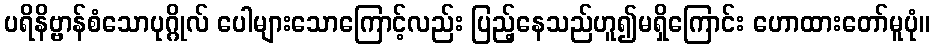
ပရိနိဗ္ဗာန်စံသောပုဂ္ဂိုလ် ပေါများသောကြောင့်လည်း ပြည့်နေသည်ဟူ၍မရှိကြောင်း ဟောထားတော်မူပုံ။